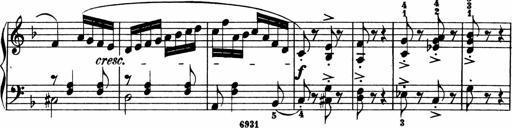
Title: 2 instructive Sonatinen
Composer: Paul Schumacher